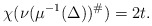
\begin{align*}\chi(\nu(\mu^{-1}(\Delta))^\#) = 2t.\end{align*}